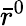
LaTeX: \bar{r}^{0}